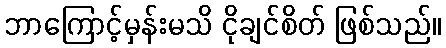
ဘာကြောင့်မှန်းမသိ ငိုချင်စိတ် ဖြစ်သည်။